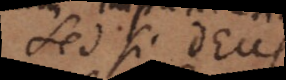
et si Deus